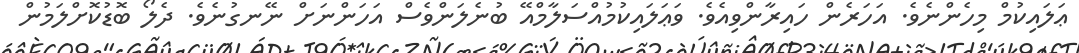
ޢަލައިކުމް މިހެންނެވެ. އަހަރެން ހައިރާންވިއެވެ. ވަޢަލައިކުމުއްސަލާމްއޭ ބުނެލަންވެސް އަހަންނަށް ނޭނގުނެވެ. ދެލޯ ބޮޑުކޮށްލަމުން